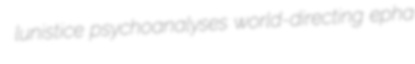
lunistice psychoanalyses world-directing epha